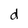
Character: d